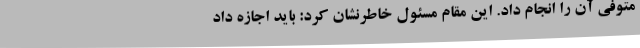
متوفی آن را انجام داد. این مقام مسئول خاطرنشان کرد: باید اجازه داد